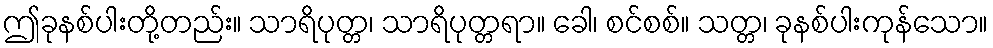
ဤခုနစ်ပါးတို့တည်း။ သာရိပုတ္တ၊ သာရိပုတ္တရာ။ ခေါ၊ စင်စစ်။ သတ္တ၊ ခုနစ်ပါးကုန်သော။